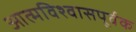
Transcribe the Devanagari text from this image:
आत्मविश्वासपूर्वक